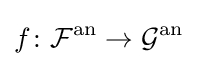
f\colon {\mathcal {F}}^{\mathrm {an} }\rightarrow {\mathcal {G}}^{\mathrm {an} }